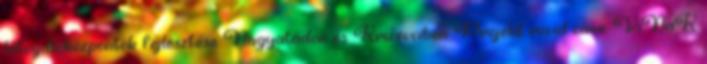
látogatóközpontok fejlesztése Nagyatádon és Križevciben Projekt rövid címe: ViNaK